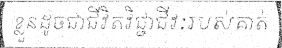
ខ្លួនដូចជាជីវិតវិជ្ជាជីវៈរបស់គាត់